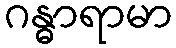
ဂန္ဓာရာမာ